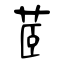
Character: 茝